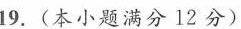
19. (本小题满分12分)